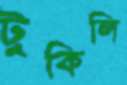
টুকিলি